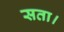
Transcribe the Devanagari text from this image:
सता।